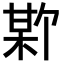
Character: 𪲣